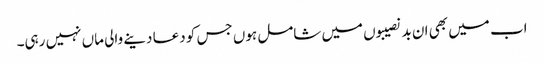
اب میں بھی ان بدنصیبوں میں شامل ہوں جس کو دعا دینے والی ماں نہیں رہی۔